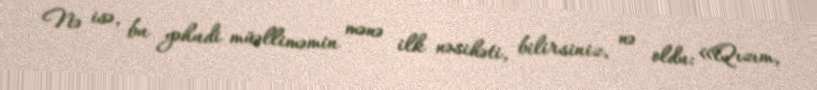
Nə isə, bu yəhudi müəlliməmin mənə ilk nəsihəti, bilirsiniz, nə oldu: «Qızım,